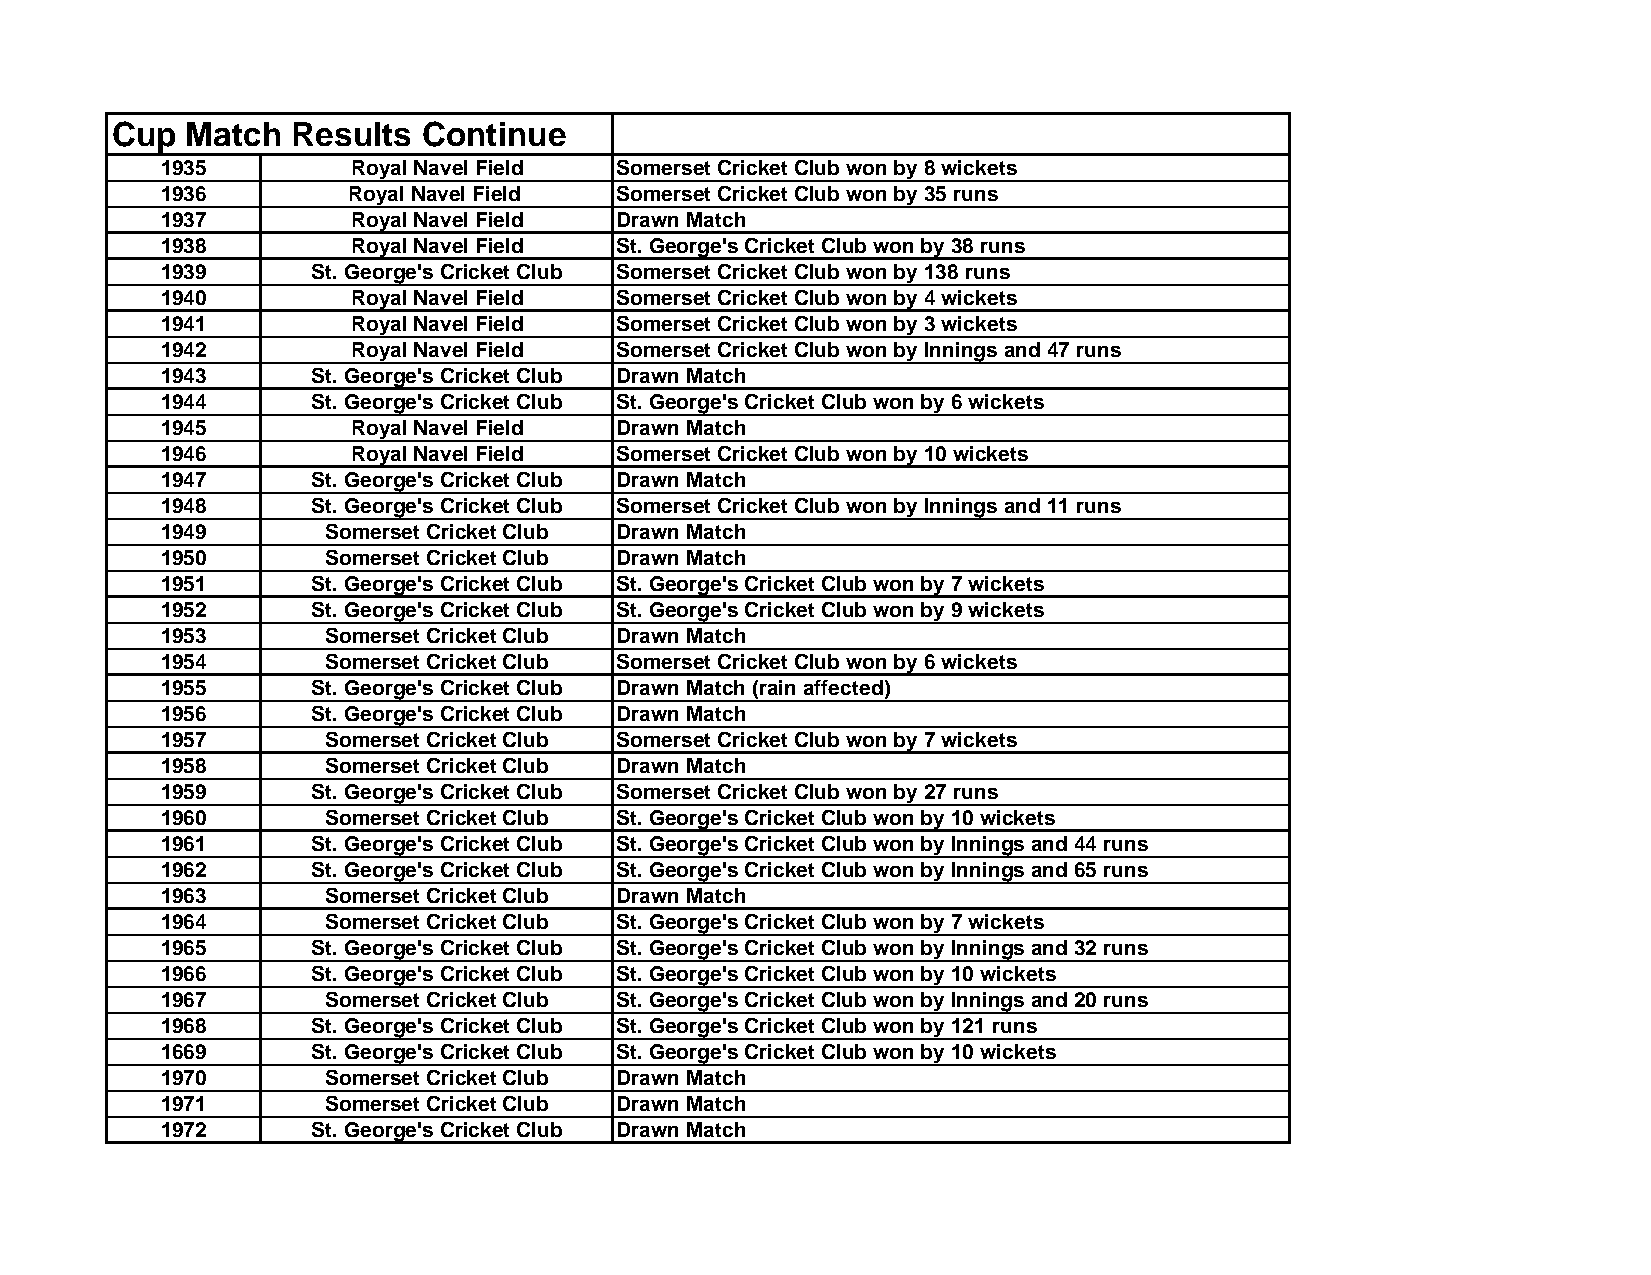
Cup  Match  Results  Continue
 1935        Royal Navel Field Somerset Cricket Club won by 8 wickets
 1936        Royal Navel Field Somerset Cricket Club won by 35 runs
 1937        Royal Navel Field Drawn Match
 1938        Royal Navel Field St. George's Cricket Club won by 38 runs
 1939      St. George's Cricket Club Somerset Cricket Club won by 138 runs
 1940        Royal Navel Field Somerset Cricket Club won by 4 wickets
 1941        Royal Navel Field Somerset Cricket Club won by 3 wickets
 1942        Royal Navel Field Somerset Cricket Club won by Innings and 47 runs
 1943      St. George's Cricket Club Drawn Match
 1944      St. George's Cricket Club St. George's Cricket Club won by 6 wickets
 1945        Royal Navel Field Drawn Match
 1946        Royal Navel Field Somerset Cricket Club won by 10 wickets
 1947      St. George's Cricket Club Drawn Match
 1948      St. George's Cricket Club Somerset Cricket Club won by Innings and 11 runs
 1949       Somerset Cricket Club Drawn Match
 1950       Somerset Cricket Club Drawn Match
 1951      St. George's Cricket Club St. George's Cricket Club won by 7 wickets
 1952      St. George's Cricket Club St. George's Cricket Club won by 9 wickets
 1953       Somerset Cricket Club Drawn Match
 1954       Somerset Cricket Club Somerset Cricket Club won by 6 wickets
 1955      St. George's Cricket Club Drawn Match (rain affected)
 1956      St. George's Cricket Club Drawn Match
 1957       Somerset Cricket Club Somerset Cricket Club won by 7 wickets
 1958       Somerset Cricket Club Drawn Match
 1959      St. George's Cricket Club Somerset Cricket Club won by 27 runs
 1960       Somerset Cricket Club St. George's Cricket Club won by 10 wickets
 1961      St. George's Cricket Club St. George's Cricket Club won by Innings and 44 runs
 1962      St. George's Cricket Club St. George's Cricket Club won by Innings and 65 runs
 1963       Somerset Cricket Club Drawn Match
 1964       Somerset Cricket Club St. George's Cricket Club won by 7 wickets
 1965      St. George's Cricket Club St. George's Cricket Club won by Innings and 32 runs
 1966      St. George's Cricket Club St. George's Cricket Club won by 10 wickets
 1967       Somerset Cricket Club St. George's Cricket Club won by Innings and 20 runs
 1968      St. George's Cricket Club St. George's Cricket Club won by 121 runs
 1669      St. George's Cricket Club St. George's Cricket Club won by 10 wickets
 1970       Somerset Cricket Club Drawn Match
 1971       Somerset Cricket Club Drawn Match
 1972      St. George's Cricket Club Drawn Match